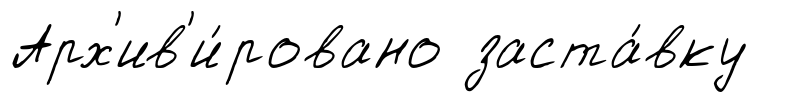
Арх'ив'и́ровано заста́вку